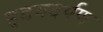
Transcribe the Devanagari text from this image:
हृदयदर्पण